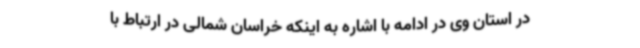
در استان وی در ادامه با اشاره به اینکه خراسان شمالی در ارتباط با